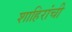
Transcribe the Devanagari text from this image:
शाहिरांची